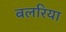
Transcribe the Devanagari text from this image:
बलरिया